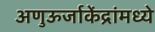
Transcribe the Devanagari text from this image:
अणुऊर्जाकेंद्रांमध्ये